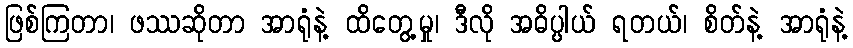
ဖြစ်ကြတာ၊ ဖဿဆိုတာ အာရုံနဲ့ ထိတွေ့မှု၊ ဒီလို အဓိပ္ပါယ် ရတယ်၊ စိတ်နဲ့ အာရုံနဲ့